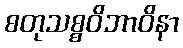
စတုသစ္စဝိဘာဝိနာ